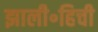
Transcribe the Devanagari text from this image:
झाली॰हिची